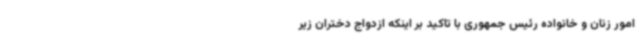
امور زنان و خانواده رئیس جمهوری با تاکید بر اینکه ازدواج دختران زیر